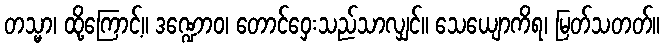
တသ္မာ၊ ထို့ကြောင့်။ ဒဏ္ဍောဝ၊ တောင်ဝှေးသည်သာလျှင်။ သေယျောကိရ၊ မြတ်သတတ်။